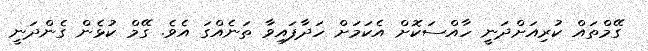
ގޭމްތައް ކުރިއަށްދަނީ ހާއްސަކޮށް އެކަމަށް ހަދާފައިވާ ތަނެއްގަ އެވެ. ގޭމް ކުޅެން ގެންދަނީ